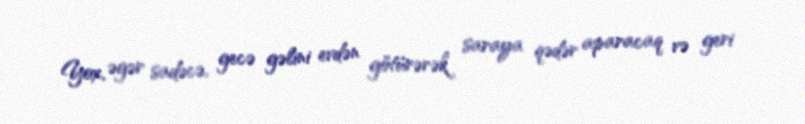
Yox, əgər sadəcə, gecə gəlini evdən götürərək saraya qədər aparacaq və geri